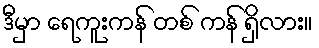
ဒီမှာ ရေကူးကန် တစ် ကန် ရှိလား။